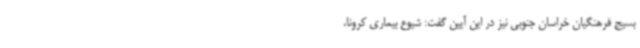
بسیج فرهنگیان خراسان جنوبی نیز در این آیین گفت: شیوع بیماری کرونا،